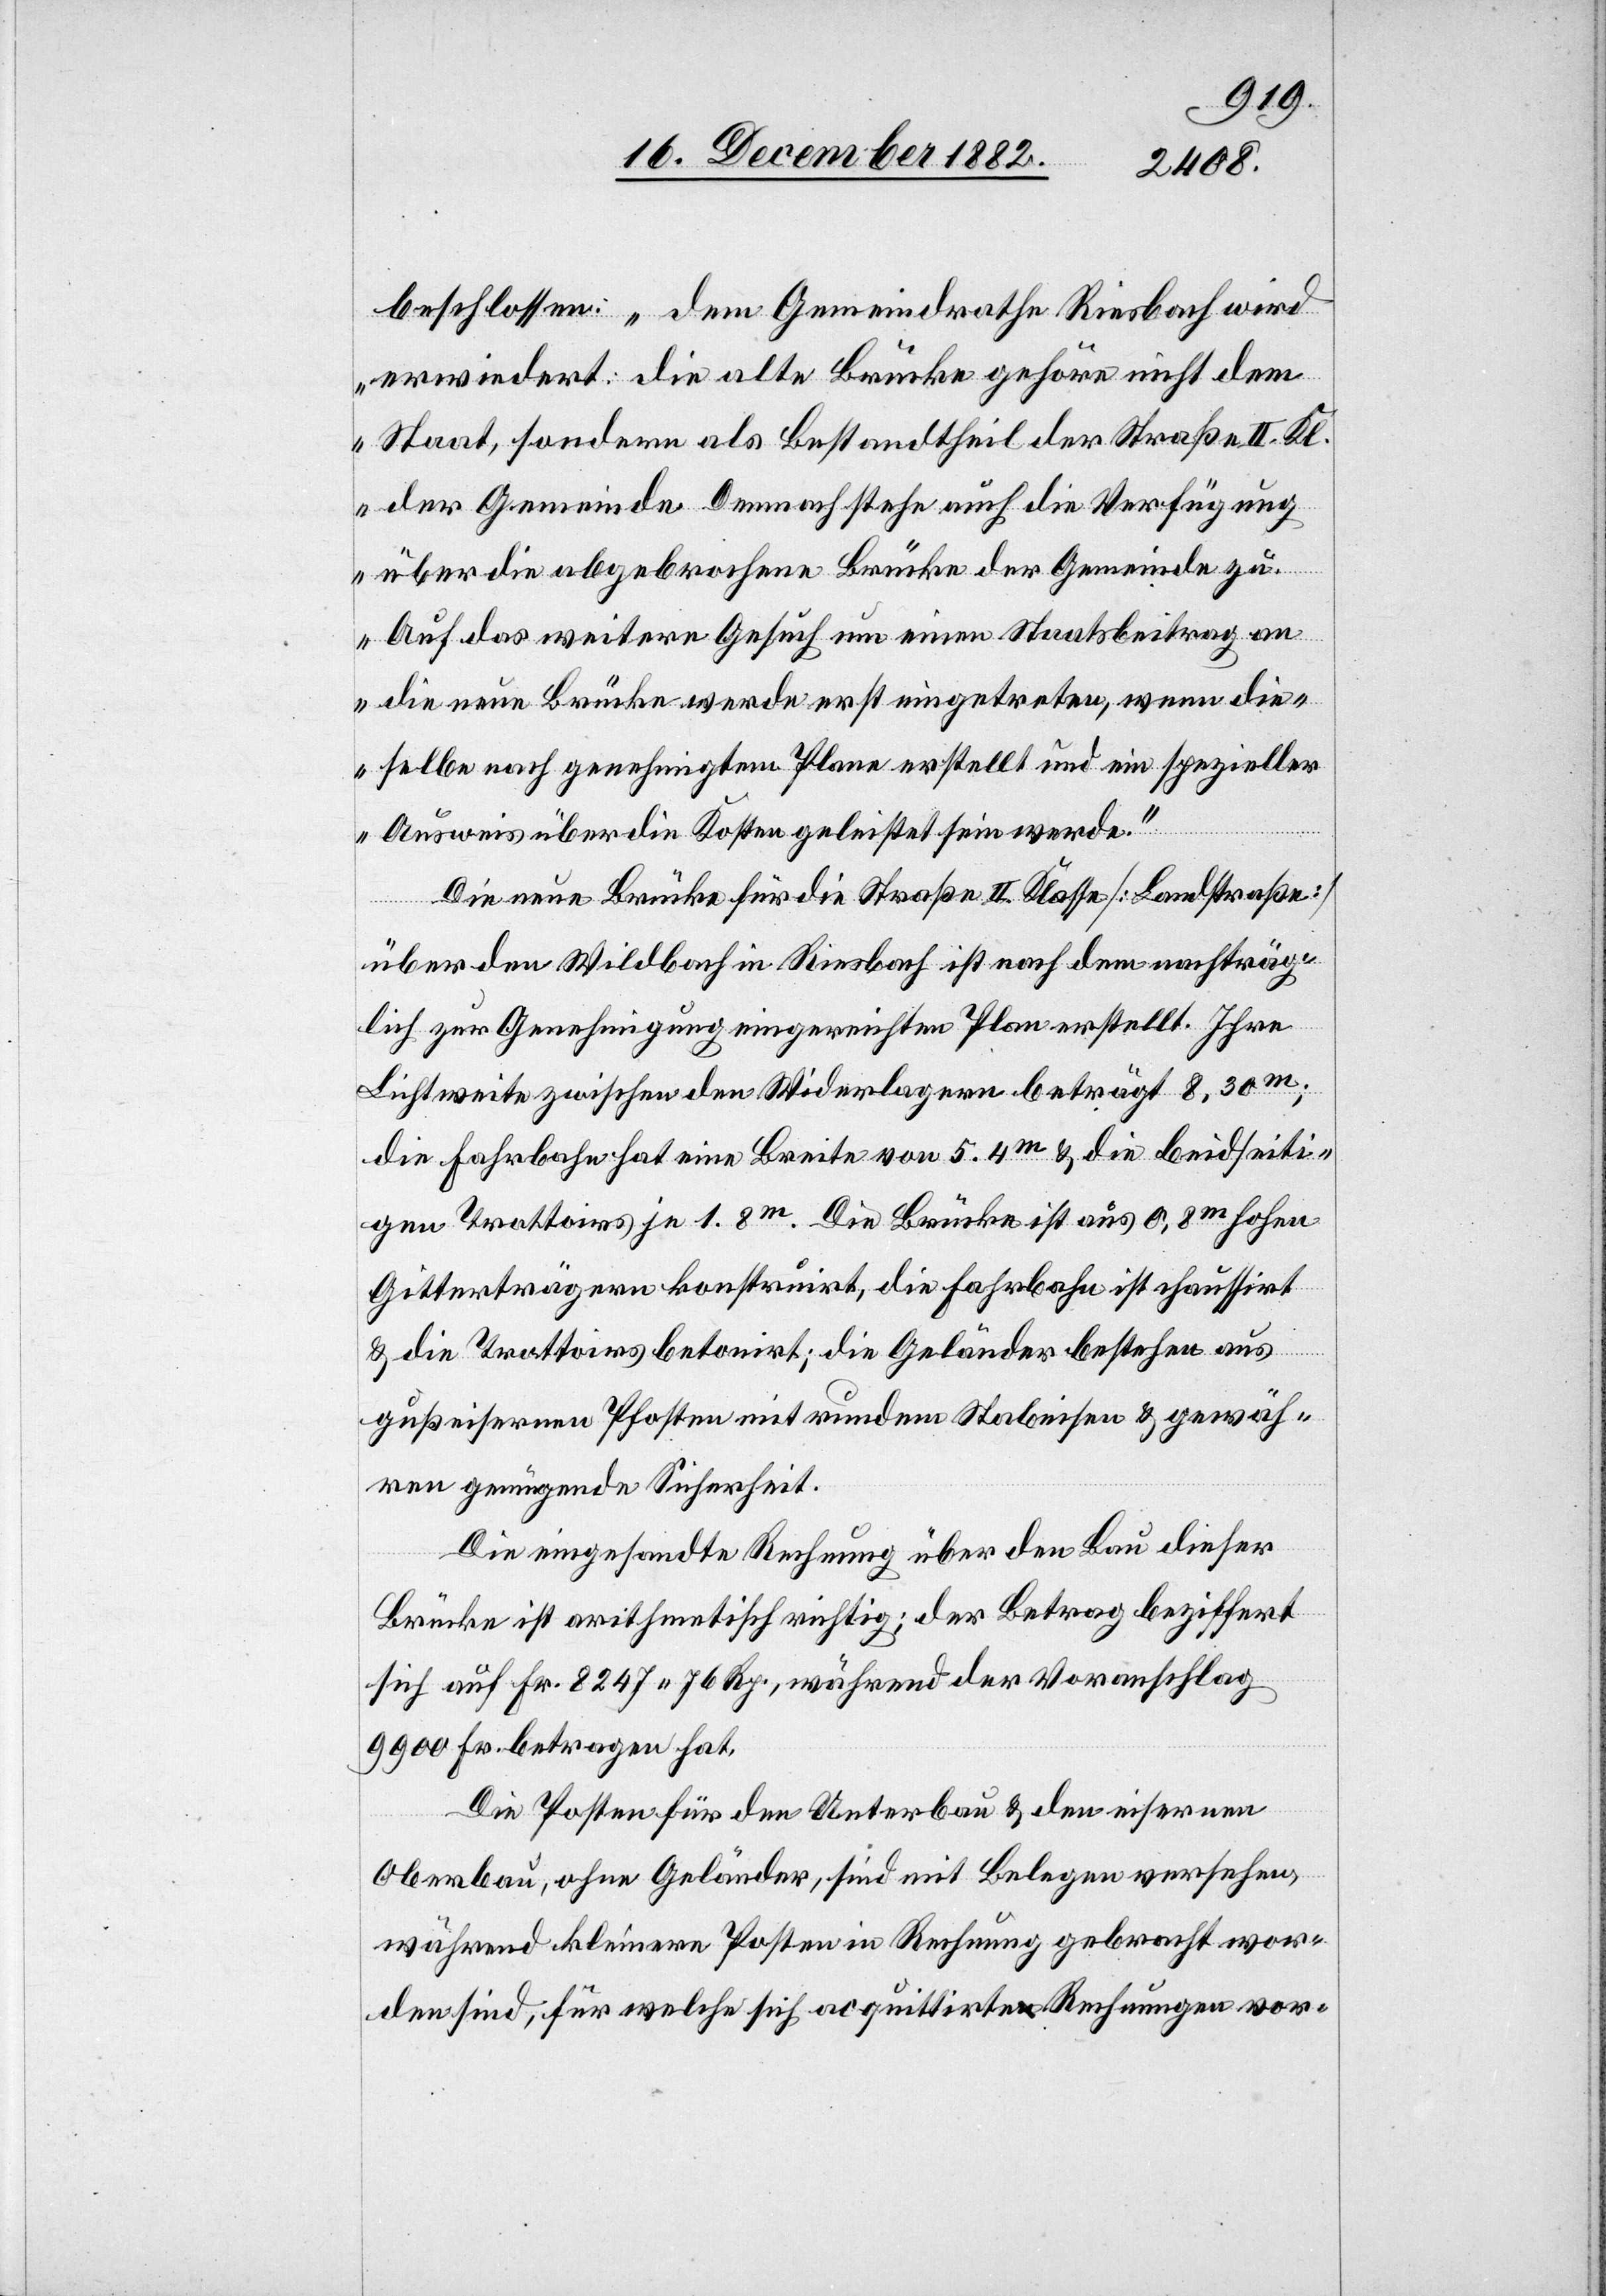
beschlossen: „dem Gemeindrathe Riesbach wird
erwiedert: die alte Brücke gehöre nicht dem
Staat, sondern als Bestandtheil der Straße II. Kl.
der Gemeinde. Demnach stehe auch die Verfügung
über die abgebrochene Brücke der Gemeinde zu.
Auf das weitere Gesuch um einen Staatsbeitrag an
die neue Brücke werde erst eingetreten, wenn die¬
selben nach genehmigtem Plane erstellt und ein spezieller
Ausweis über die Kosten geleistet sein werde.“
Die Neue Brücke für die Straße II. Klasse [Landstraße]
über den Wildbach in Riesbach ist nach dem nachträg¬
lich zur Genehmigung eingereichten Plan erstellt. Ihre
Lichtweite zwischen den Widerlagern beträgt 8.30m;
die Fahrbahn hat eine Breite von 5.4m & die beidseiti¬
gen Trottoirs je 1.8m. Die Brücke ist aus 0,8m hohen
Gitterträgern konstruirt, die Fahrbahn ist chaussirt
& die Trottoirs betonirt; die Geländer bestehen aus
gußeisernen Pfosten mit rundem Stabeisen & gewäh¬
ren genügende Sicherheit.
Die eingesandte Rechnung über den Bau dieser
Brücke ist arithmetisch richtig; der Betrag beziffert
sich auf Fr. 8247 76 Rp., während der Voranschlag
9900 Fr. betragen hat.
Die Posten für den Unterbau & den eisernen
Oberbau, ohne Geländer, sind mit Belegen versehen,
während kleinere Posten in Rechnung gebracht wor¬
den sind, für welche sich acquittirte Rechnungen vor-